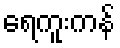
ရေကူးကန်